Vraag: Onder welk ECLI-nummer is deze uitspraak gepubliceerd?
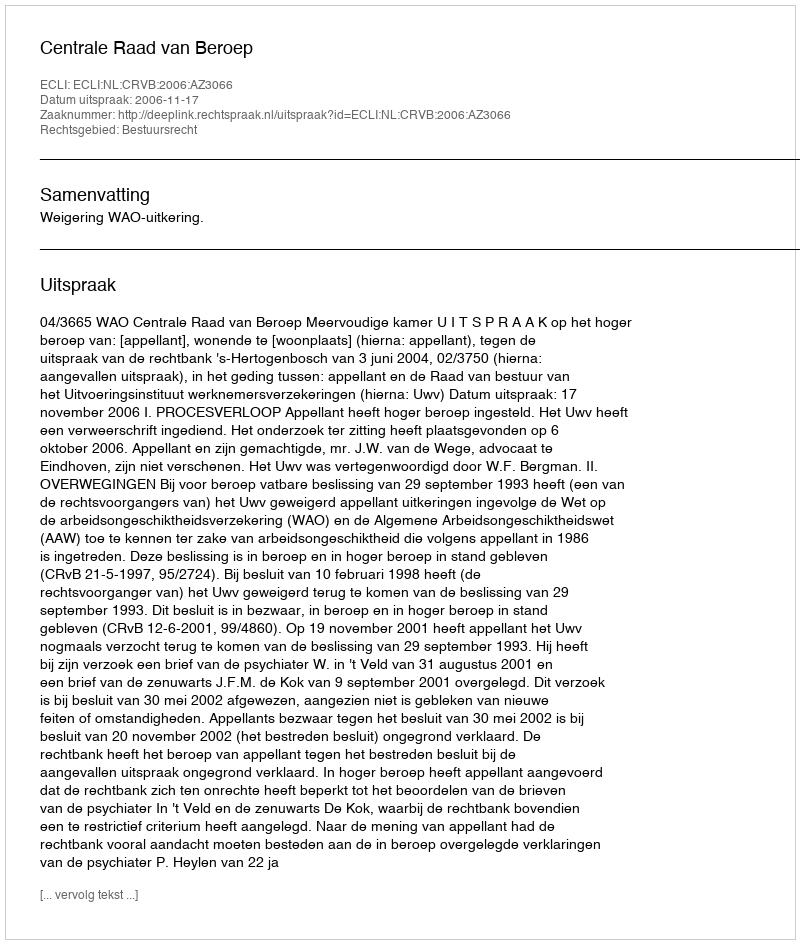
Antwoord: ECLI:NL:CRVB:2006:AZ3066